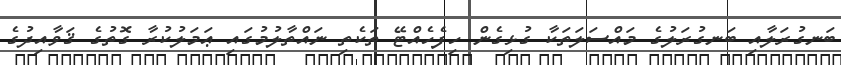
ބަނގުރަލާއި ބަނގުރަލުގެ މައްސަލަތަކާ ގުޅިގެން ހިފެހެއްޓޭ ތަކެތި ނައްތާލުމުގައި ޢަމަލުކުރާ ގޮތުގެ ޤަވާއިދުގެ